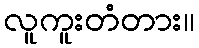
လူကူးတံတား။